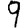
Digit: 9